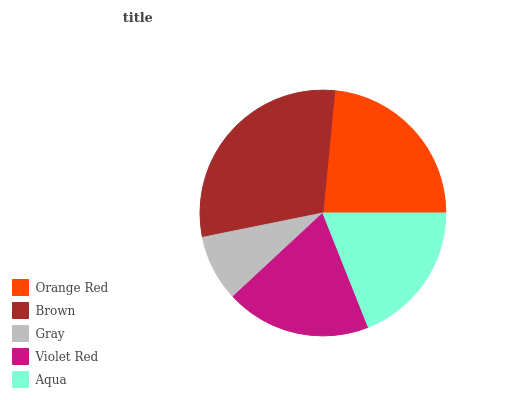
| Orange Red | Brown | Gray | Violet Red | Aqua |
 | --- | --- | --- | --- | --- |
 | 23.4% | 29.8% | 8.76% | 19.1% | 18.9% |